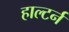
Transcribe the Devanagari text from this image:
हाल्टर्न